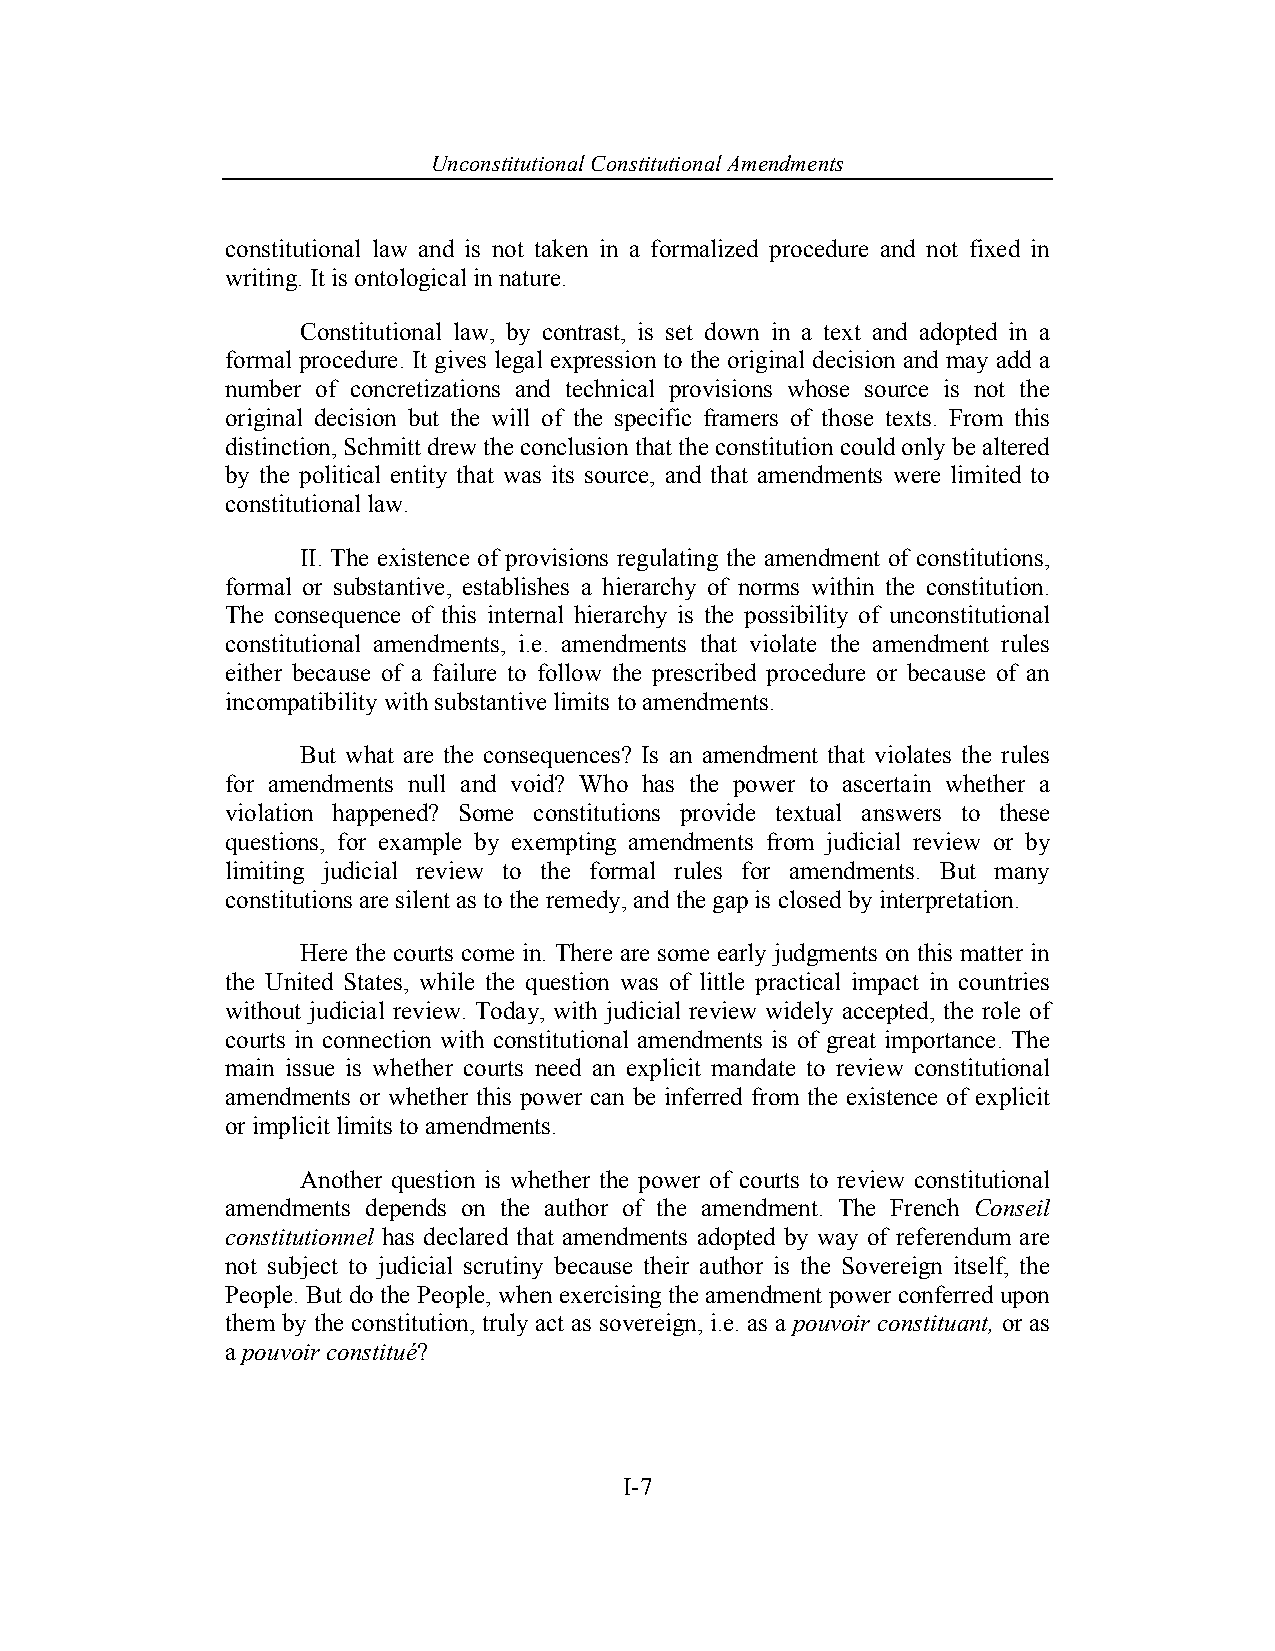
Unconstitutional Con stitutional Amendments
 constitutional law and is not taken in a formalized procedure and not fixed in
 writing. It is ontological in nature.
 Constitutional law, by contrast, is set down in a text and adopted in a
 formal procedure. It gives legal expression to the original decision and may add a
 number of concretizations and technical provisions whose source is not the
 original decision but the will of the specific framers of those texts. From this
 distinction, Schmitt drew the conclusion that the constitution could only be altered
 by the political entity that was its source, and that amendments were limited to
 constitutional law.
 II. The existence of provisions regulating the amendment of constitutions,
 formal or substantive, establishes a hierarchy of norms within the constitution.
 The consequence of this internal hierarchy is the possibility of unconstitutional
 constitutional amendments, i.e. amendments that violate the amendment rules
 either because of a failure to follow the prescribed procedure or because of an
 incompatibility with substantive limits to amendments.
 But what are the consequences? Is an amendment that violates the rules
 for amendments null and void? Who has the power to ascertain whether a
 violation happened? Some constitutions provide textual answers to these
 questions, for example by exempting amendments from judicial review or by
 limiting judicial review to the formal rules for amendments. But many
 constitutions are silent as to the remedy, and the gap is closed by interpretation.
 Here the courts come in. There are some early judgments on this matter in
 the United States, while the question was of little practical impact in countries
 without judicial review. Today, with judicial review widely accepted, the role of
 courts in connection with constitutional amendments is of great importance. The
 main issue is whether courts need an explicit mandate to review constitutional
 amendments or whether this power can be inferred from the existence of explicit
 or implicit limits to amendments.
 Another question is whether the power of courts to review constitutional
 amendments depends on the author of the amendment. The French Conseil
 constitutionnel has declared that amendments adopted by way of referendum are
 not subject to judicial scrutiny because their author is the Sovereign itself, the
 People. But do the People, when exercising the amendment power conferred upon
 them by the constitution, truly act as sovereign, i.e. as a pouvoir constituant, or as
 a pouvoir constitué?
 I-7